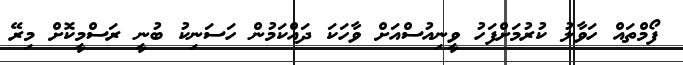
ފޯމްތައް ހަވާލު ކުރުމަށްފަހު ވީނިއުސްއަށް ވާހަކަ ދައްކަމުން ހަސަނިކު ބުނީ ރަސްމީކޮށް މިރޭ